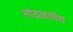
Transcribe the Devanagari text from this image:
तांदळाचेच